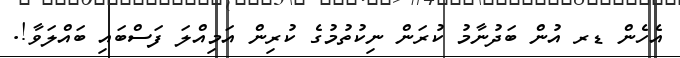
އެހެން ޑރ އުން ބަދުނާމު ކުރަން ނިކުތުމުގެ ކުރިން އަމިއްލަ ފަސްބައި ބައްލަވާ!.